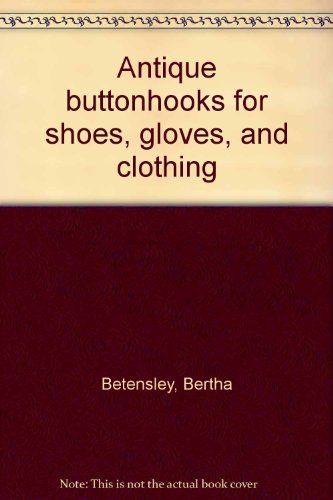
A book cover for Antique Buttonhooks for Shoes, Gloves, and Clothing; Bertha Betensley; Crafts, Hobbies & Home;